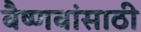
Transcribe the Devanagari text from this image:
वैष्णवांसाठी